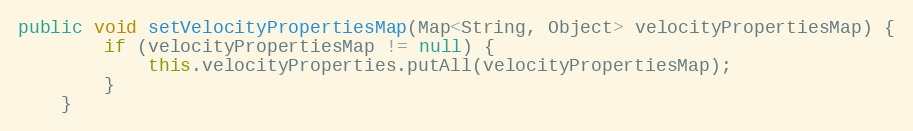
Language: Java
public void setVelocityPropertiesMap(Map<String, Object> velocityPropertiesMap) {
		if (velocityPropertiesMap != null) {
			this.velocityProperties.putAll(velocityPropertiesMap);
		}
	}